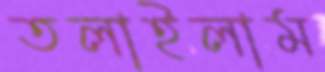
তলাইলাম